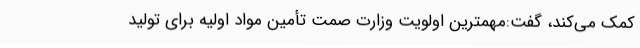
کمک می‌کند، گفت:مهمترین اولویت وزارت صمت تأمین مواد اولیه برای تولید